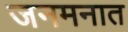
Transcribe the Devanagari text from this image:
जनमनात